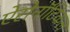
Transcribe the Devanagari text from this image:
ऐरोनॉटिकल